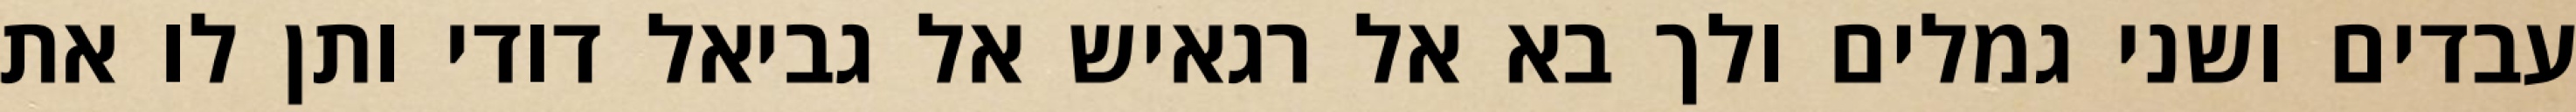
עבדים ושני גמלים ולך בא אל רגאיש אל גביאל דודי ותן לו את